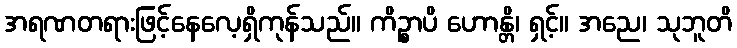
အရဏတရားဖြင့်နေလေ့ရှိကုန်သည်။ ကိဉ္စာပိ ဟောန္တိ၊ ရှင့်။ အညေ၊ သုဘူတိ